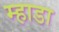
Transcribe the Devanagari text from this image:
म्हाडा